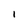
Character: 1